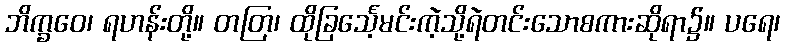
ဘိက္ခဝေ၊ ရဟန်းတို့။ တတြ၊ ထိုခြင်္သေ့မင်းကဲ့သို့ရဲတင်းသောစကားဆိုရာ၌။ ပရေ၊